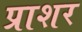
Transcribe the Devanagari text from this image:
प्राशर